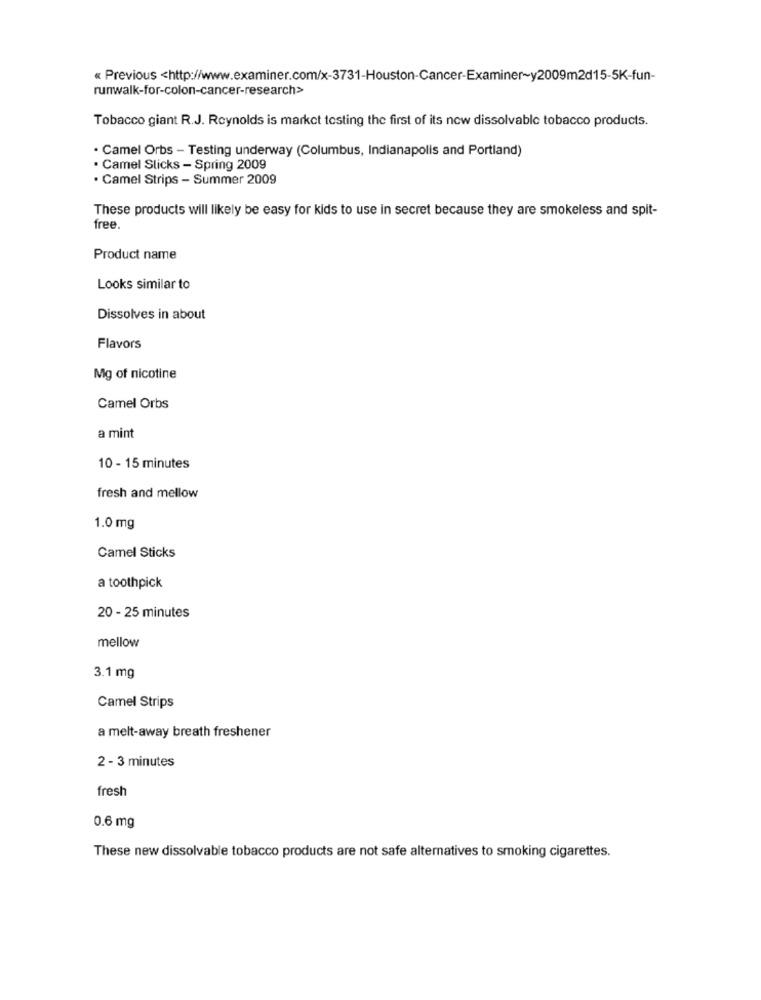
« Previous <http://www.examiner.com/x-3731-Houston-Cancer-Examiner~y2009m2d15-5K-fun-
runwalk-for-colon-cancer-research>
Tobacco giant R.J. Reynolds is market testing the first of its now dissolvable tobacco products.
· Camel Orbs - Testing underway (Columbus, Indianapolis and Portland)
· Camel Slicks - Spring 2009
· Camel Strips - Summer 2009
These products will likely be easy for kids to use in secret because they are smokeless and spit-
free.
Product name
Looks similar to
Dissolves in about
Flavors
Mg of nicotine
Camel Orbs
a mint
10 - 15 minutes
fresh and mellow
1.0 mg
Camel Sticks
a toothpick
20 - 25 minutes
mellow
3.1 mg
Camel Strips
a melt-away breath freshener
2 - 3 minutes
fresh
0.6 mg
These new dissolvable tobacco products are not safe alternatives to smoking cigarettes.